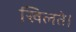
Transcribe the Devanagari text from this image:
खिलते।